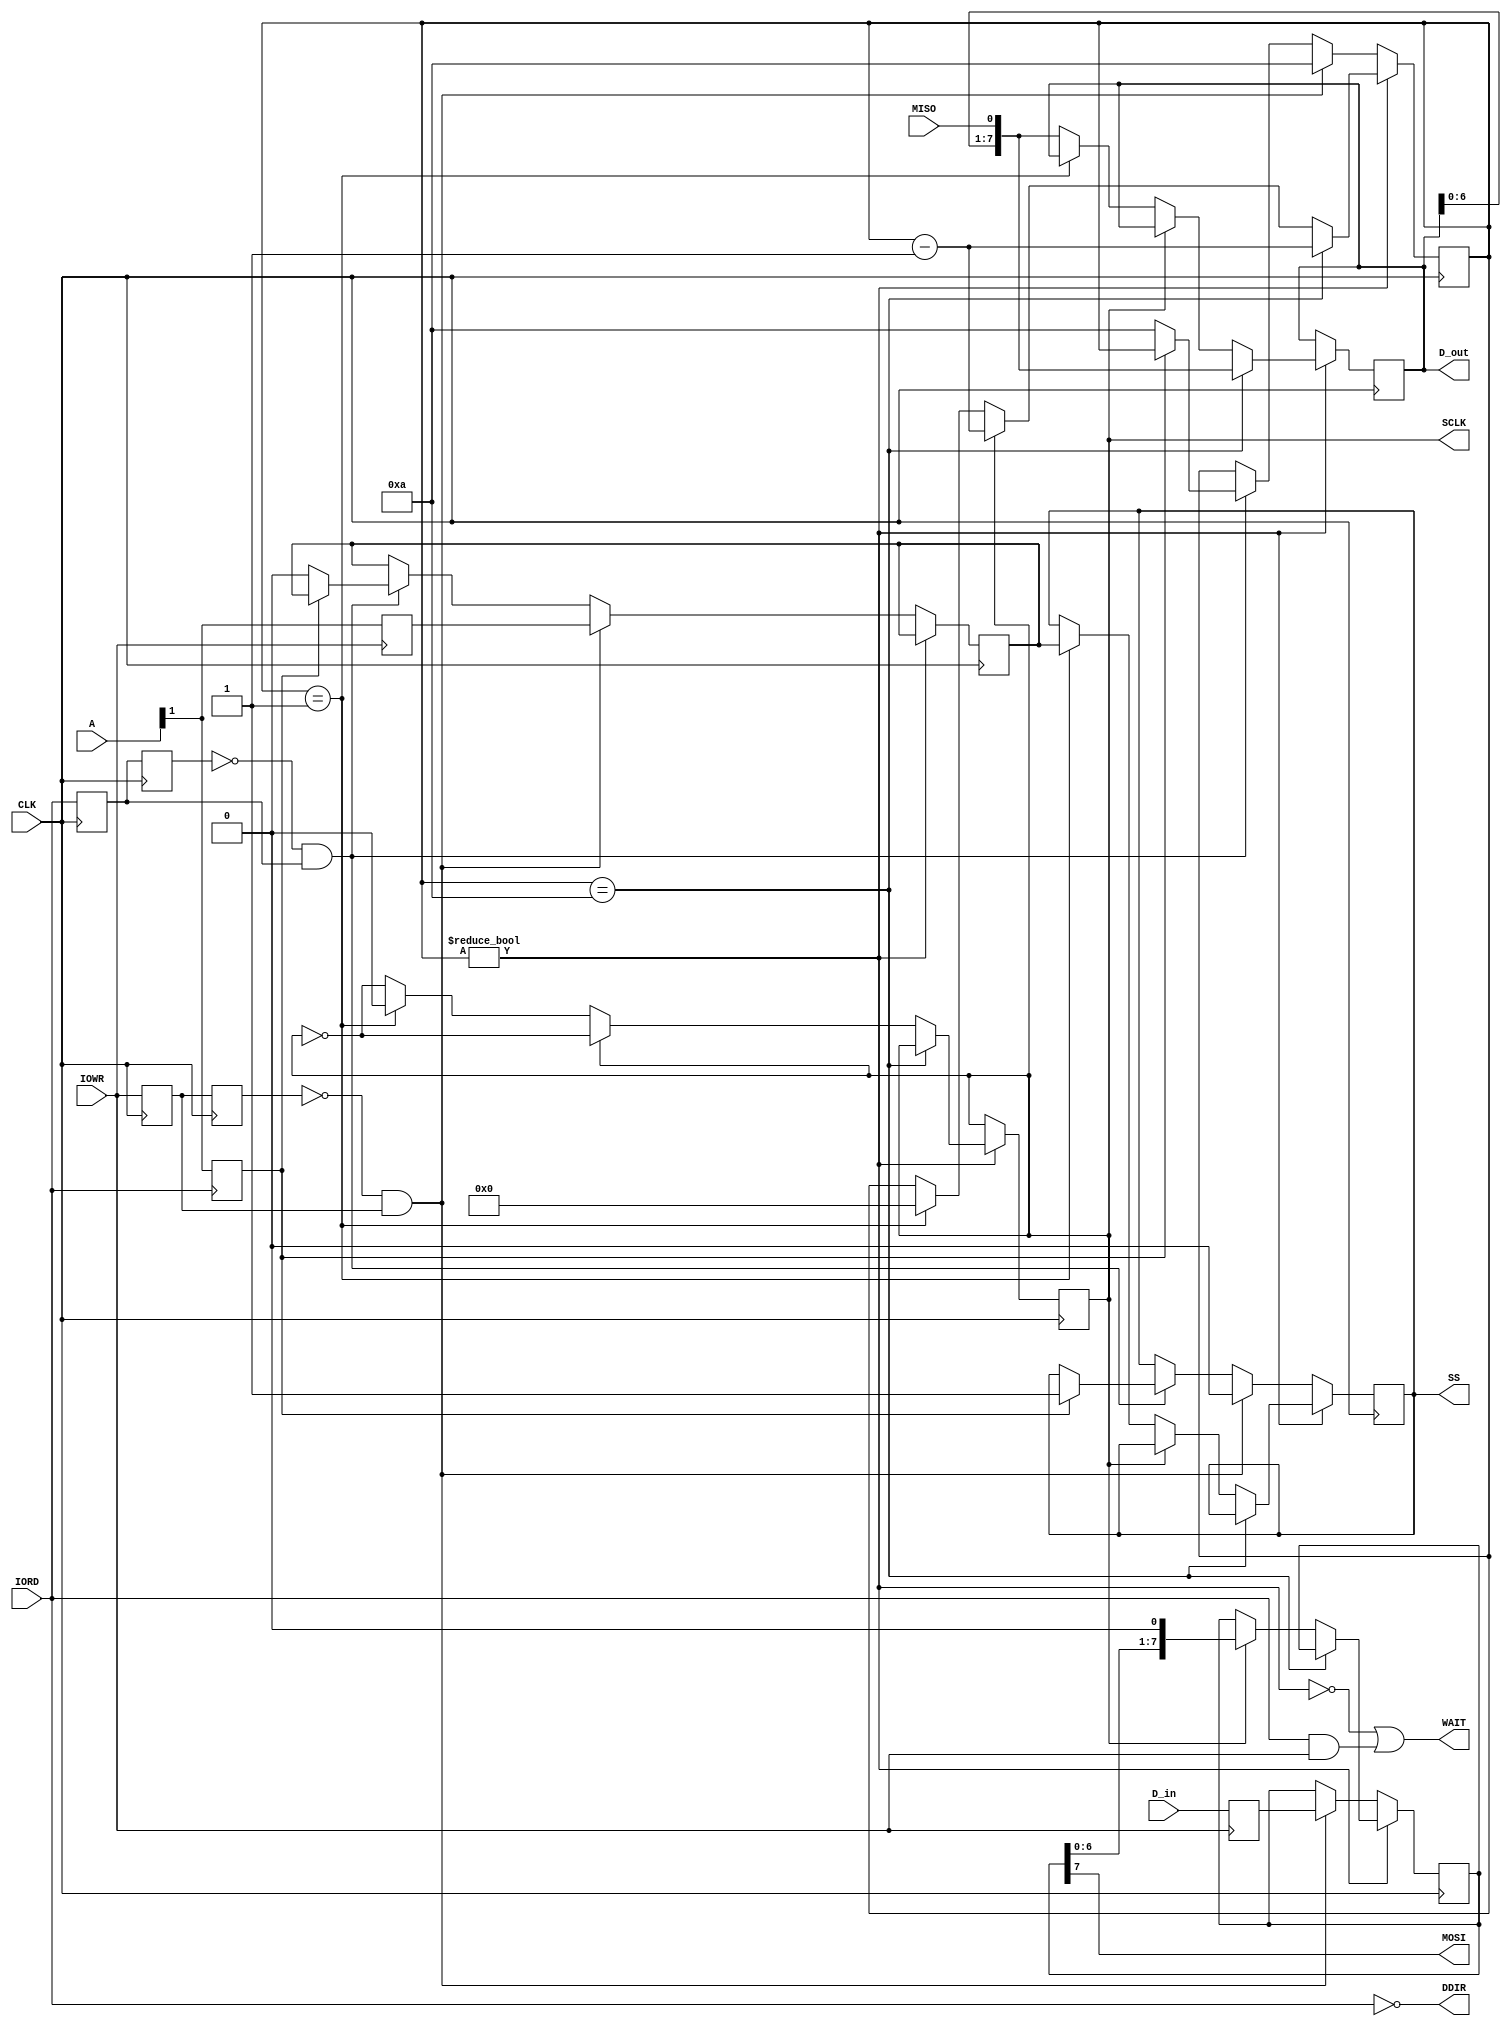
module master_spi(
		output wire [7:0] D_out,
		input wire [7:0] D_in,
		input wire [15:0] A,
		output wire DDIR,
		output wire WAIT,
		input wire IOWR,
		input wire IORD,
		output reg SS,
		output wire SCLK,
		output wire MOSI,
		input wire MISO,
		input wire CLK
		);
	wire working;
	reg nextss = 1;
	reg [7:0] outreg;
	reg [7:0] inreg;
	reg [3:0] ctr = 0;
	initial begin
		SS = 1;
	end
	assign working = (ctr != 0);
	assign WAIT = !working | (IORD & IOWR);
	assign DDIR = !IORD;
	assign D_out = inreg;
	assign MOSI = outreg[7];
	reg [7:0] IOWR_data;
	reg IORD_ev = 1;
	reg IORD_ev2 = 1;
	reg IOWR_ev = 1;
	reg IOWR_ev2 = 1;
	reg A_WR;
	reg A_RD;

	always @(posedge IOWR)
	begin
			IOWR_data = D_in;
			A_WR = A[1];
	end

	always @(posedge IORD)
	begin
			A_RD = A[1];
	end

	reg CLK2 = 0;
	assign SCLK = CLK2;

	always @(posedge CLK)
	begin
		if (working)
		begin
			if (ctr == 10)
			begin
				inreg <= {inreg[6:0],MISO};
				ctr = ctr - 1;
			end
			else if (!CLK2)
			begin
				if (ctr == 1)
				begin
					SS <= nextss;
					ctr <= 0;
				end
				else
				begin
					inreg <= {inreg[6:0],MISO};
					CLK2<=!CLK2;
				end
			end
			else
			begin
				outreg <= {outreg[6:0],1'b0};
				ctr = ctr - 1;
				CLK2<=!CLK2;
			end
		end
		else if (!IOWR_ev2 & IOWR_ev)
		begin
			nextss = A_WR;
			ctr = 10;
			outreg = IOWR_data;
			SS = 0;
		end
		else if (!IORD_ev2 & IORD_ev)
		begin
			if (!A_RD)
			begin
				ctr = 10;
				nextss = 0;
			end
			else
				SS = 1;
		end
		IOWR_ev2 = IOWR_ev;
		IOWR_ev = IOWR;
		IORD_ev2 = IORD_ev;
		IORD_ev = IORD;
	end


endmodule